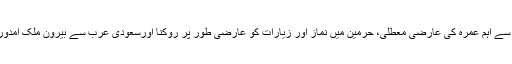
ان تدابیر میں سب سے اہم عمرہ کی عارضی معطلی، حرمین میں نماز اور زیارات کو عارضی طور پر روکنا اورسعودی عرب سے بیرون ملک آمدورفت کو روکنا تھا۔